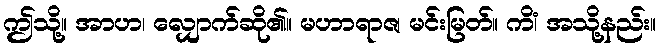
ဤသို့။ အာဟ၊ လျှောက်ဆို၏။ မဟာရာဇ၊ မင်းမြတ်။ ကိံ၊ အသို့နည်း။